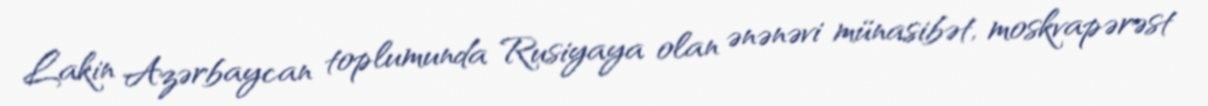
Lakin Azərbaycan toplumunda Rusiyaya olan ənənəvi münasibət, moskvapərəst